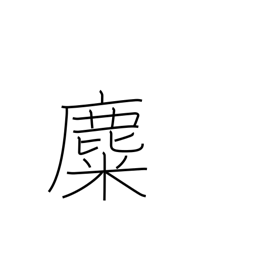
Meaning: reindeer